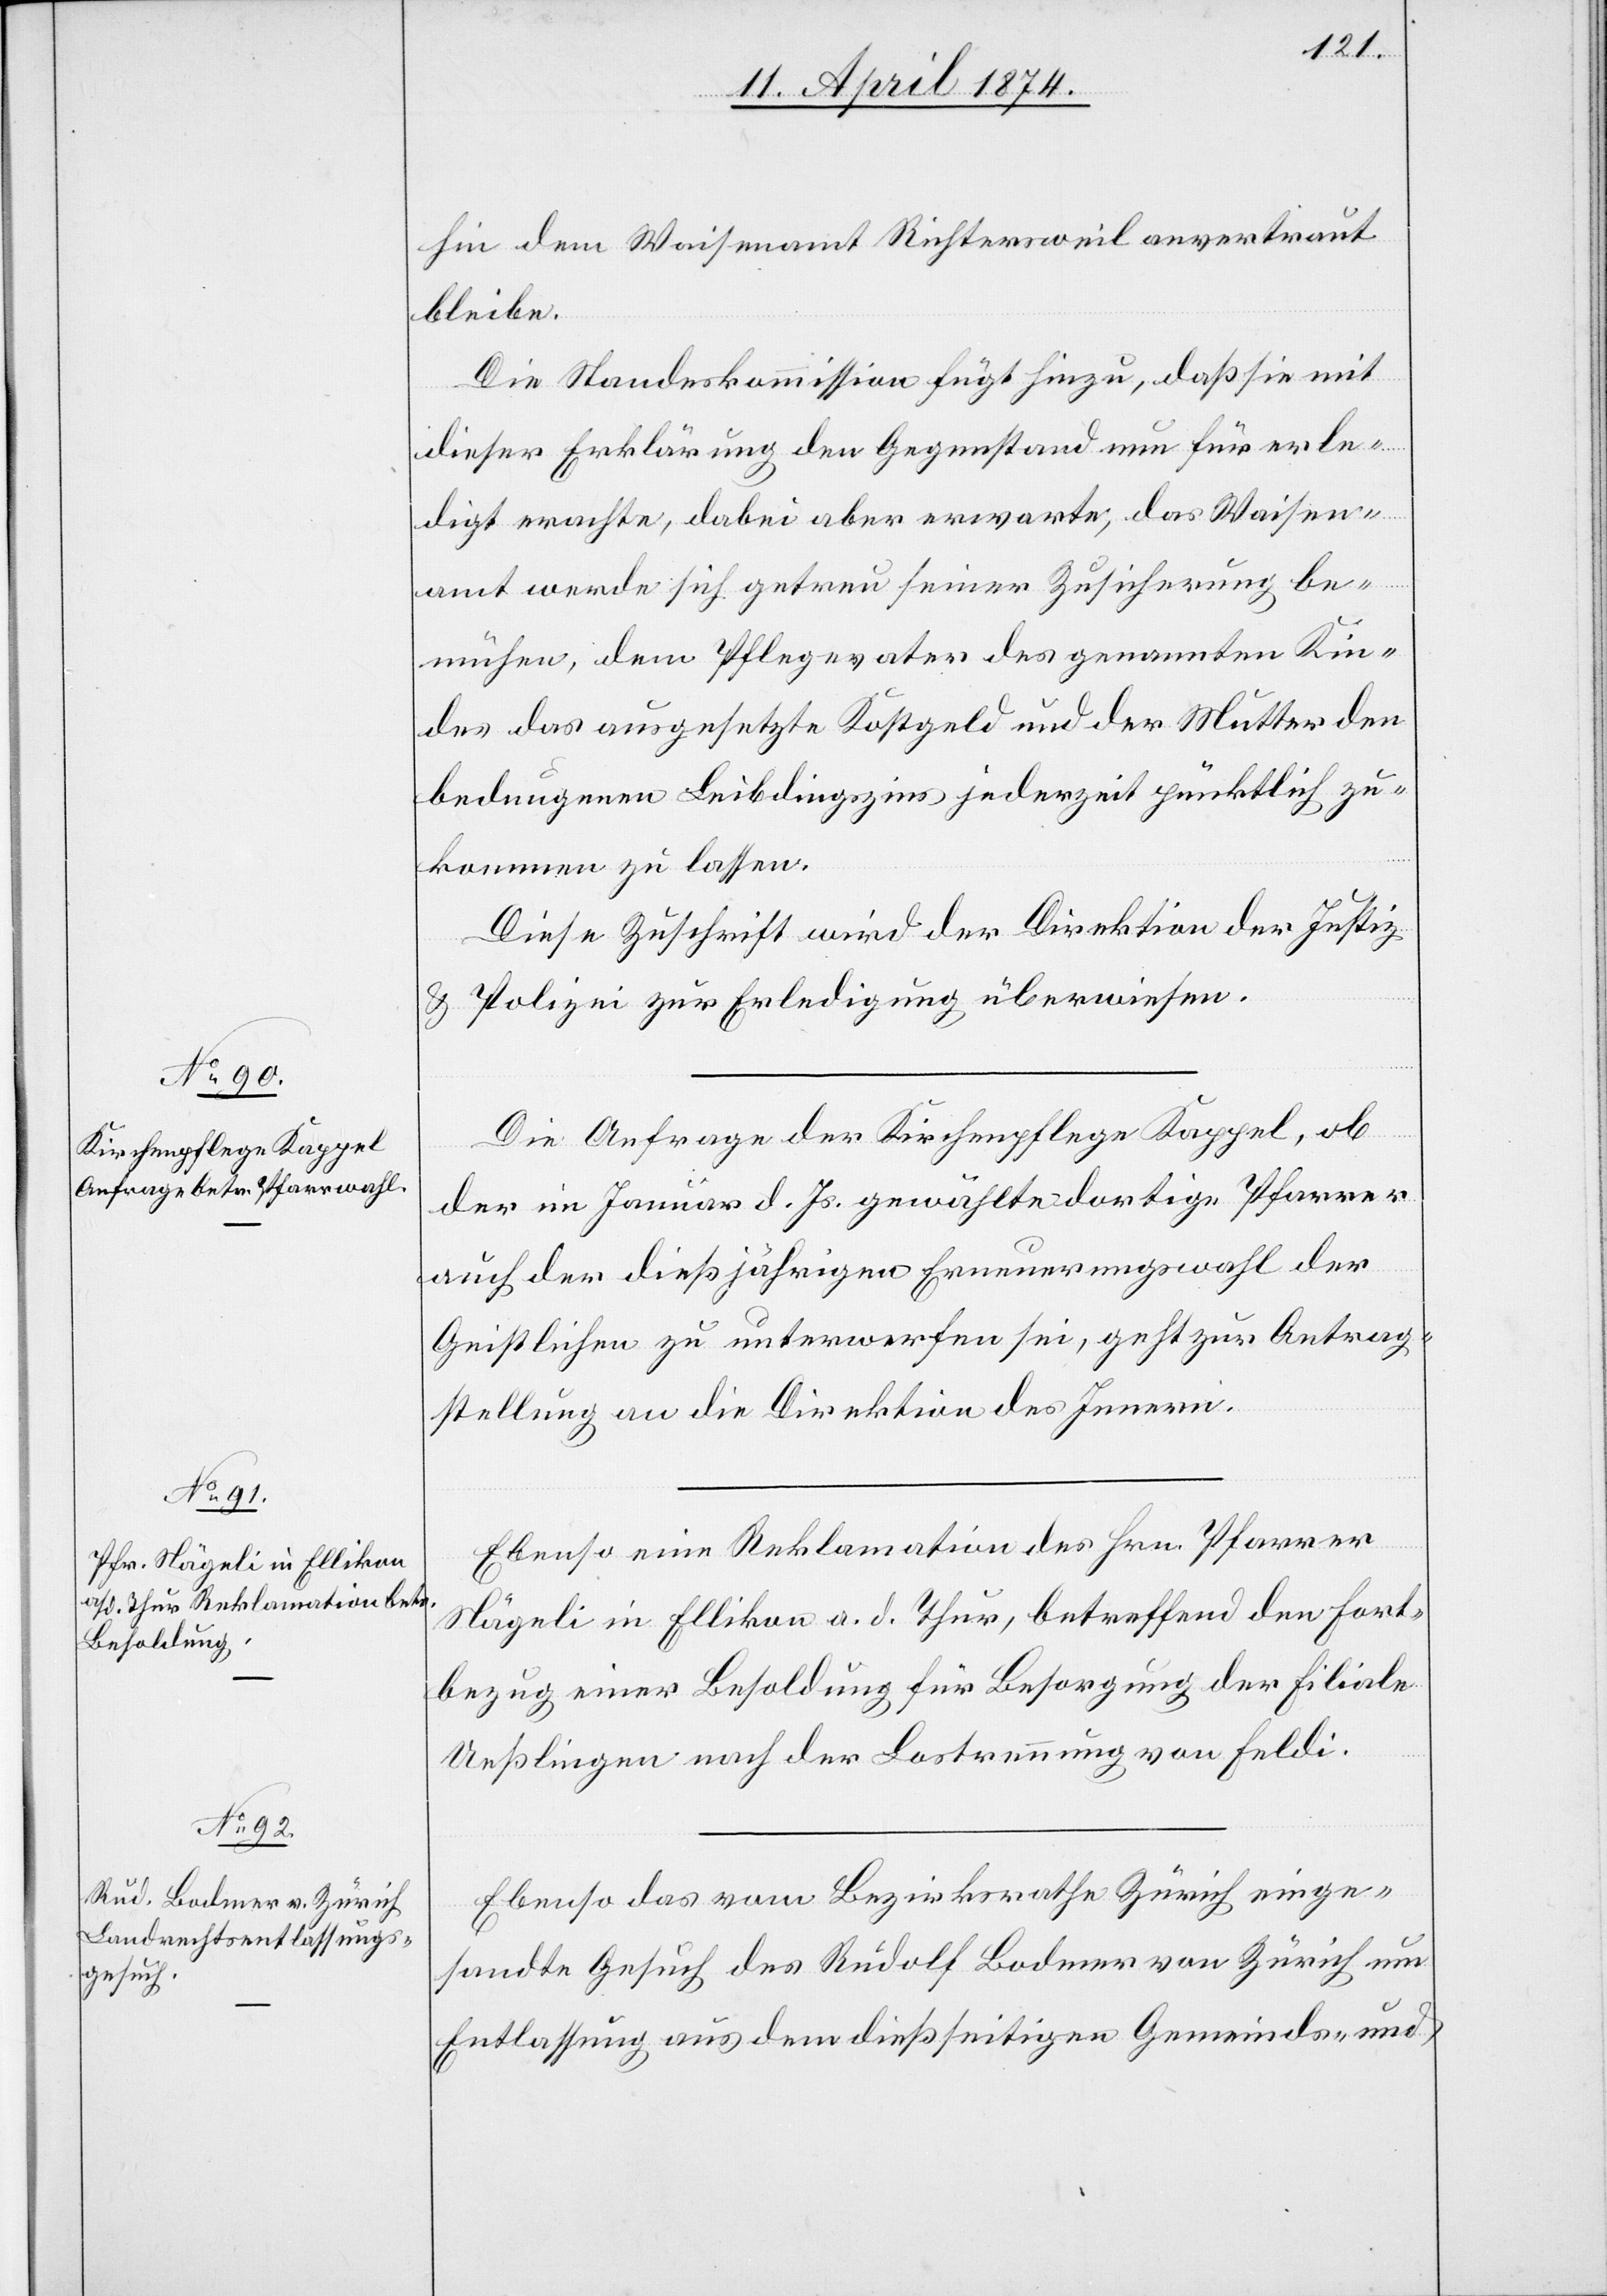
14. April 1874.]
hin dem Waisenamt Richtersweil anvertraut
bleibe.
Die Standeskommission fügt hinzu, daß sie mit
dieser Erklärung den Gegenstand nun für erle¬
digt erachte, dabei aber erwarte, das Waisen¬
amt werde sich getreu seiner Zusicherung be¬
mühen, dem Pflegevater des genannten Kin¬
des das ausgesetzte Kostgeld und der Mutter den
bedungenen Leibdingzins jederzeit pünktlich zu¬
kommen zu lassen.
Diese Zuschrift wird der Direktion der Justiz
u. Polizei zur Erledigung überwiesen.
Die Anfrage der Kirchenpflege Kappel, ob
der im Januar d. Js. gewählte dortige Pfarrer
auch der dießjährigen Erneuerungswahl der
Geistlichen zu unterwerfen sei, geht zur Antrag¬
stellung an die Direktion des Innern.
Ebenso eine Reklamation des Hrn. Pfarrer
Nägeli in Ellikon a. d. Thur, betreffend den Fort¬
bezug einer Besoldung für Besorgung der Filiale
Ueßlingen nach der Lostrennung von Feldi.
Ebenso das vom Bezirksrathe Zürich einge¬
sandte Gesuch des Rudolf Bodmer von Zürich um
Entlassung aus dem dießseitigen Gemeinds- und